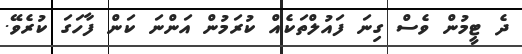
ދެ ޓީމުން ވެސް ގިނަ ފައުލްތަކެއް ކުރަމުން އަންނަ ކަން ފާހަގަ ކުރެވޭ.